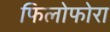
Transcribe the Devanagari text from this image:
फिलोफोरा